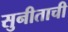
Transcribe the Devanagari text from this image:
सुनीताची